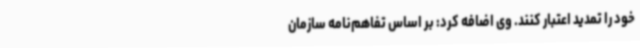
خود را تمدید اعتبار کنند. وی اضافه کرد: بر اساس تفاهم‌نامه سازمان